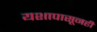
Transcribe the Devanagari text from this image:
यशापासूनही